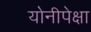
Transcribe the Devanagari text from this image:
योनीपेक्षा